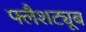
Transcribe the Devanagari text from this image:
फ्लैशट्यूब